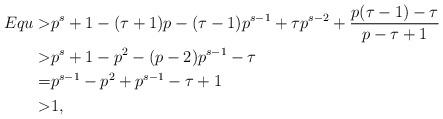
LaTeX: \begin{align*} Equ> & p^s+1-(\tau+1)p-(\tau-1)p^{s-1}+\tau p^{s-2}+\frac{p(\tau-1)-\tau}{p-\tau+1} \\ > & p^s+1-p^2-(p-2)p^{s-1}-\tau \\ =& p^{s-1}-p^2+p^{s-1}-\tau+1\\ >&1,\end{align*}